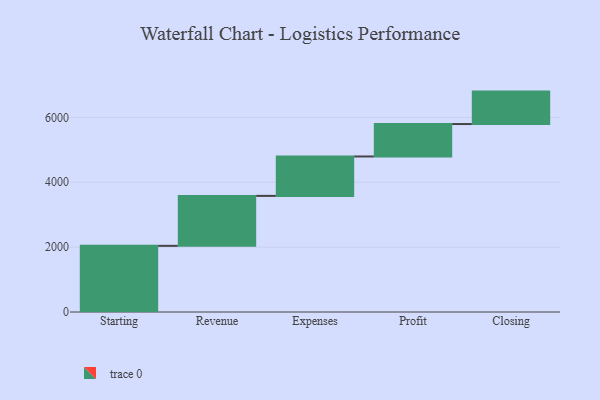
{"axis": {"x": "Step", "y": "Value"}, "legend": [""], "data": [{"x": "Starting", "y": 2040.0, "type": ""}, {"x": "Revenue", "y": 1540.0, "type": ""}, {"x": "Expenses", "y": 1215.0, "type": ""}, {"x": "Profit", "y": 1000, "type": ""}, {"x": "Closing", "y": 1000, "type": ""}]}